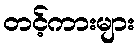
တင့်ကားများ